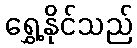
ရွှေ့နိုင်သည်